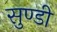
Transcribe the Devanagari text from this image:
सुण्डी